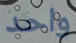
واحد